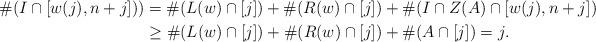
LaTeX: \begin{align*}\#(I \cap [w(j), n+j])) &= \#(L(w) \cap [j]) + \#(R(w) \cap [j]) + \#(I \cap Z(A) \cap [w(j), n+j])\\&\geq \#(L(w) \cap [j]) + \#(R(w) \cap [j]) + \#(A \cap [j]) = j.\end{align*}